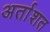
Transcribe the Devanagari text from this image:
अर्ताशत